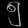
Digit: ၅